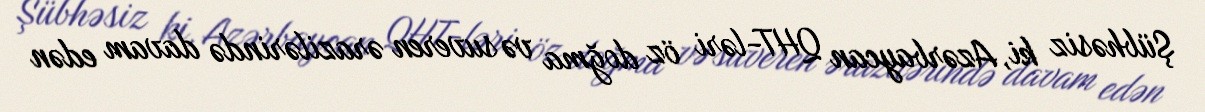
Şübhəsiz ki, Azərbaycan QHT-ləri öz doğma və suveren ərazilərində davam edən